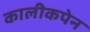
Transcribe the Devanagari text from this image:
कालीकपेन